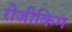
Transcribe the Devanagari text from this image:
रोजीकिम